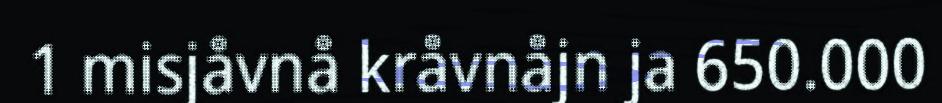
1 misjåvnå kråvnåjn ja 650.000